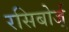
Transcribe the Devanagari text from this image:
रसिबोर्ज्